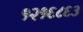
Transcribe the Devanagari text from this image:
१२१६८६३